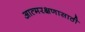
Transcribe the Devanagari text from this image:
आत्मरक्षणासाठी